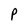
Character: P